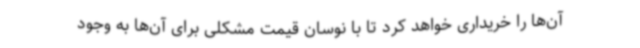
آن‌ها را خریداری خواهد کرد تا با نوسان قیمت مشکلی برای آن‌ها به وجود